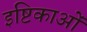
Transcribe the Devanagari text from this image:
इष्टिकाओं